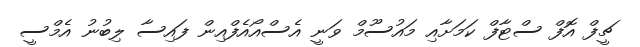
ޗީފް އޮފް ސްޓާފް ކަމަށާއި މައުސޫމް ވަނީ އެސްއޯއެފްއިން ފައިސާ ލިބުނު އެމްސީ